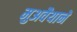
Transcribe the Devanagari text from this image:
मुअवैयाने